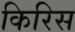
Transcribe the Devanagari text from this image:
किरिस